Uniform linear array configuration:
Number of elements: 64
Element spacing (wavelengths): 1
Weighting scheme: exponential
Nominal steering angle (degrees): -30
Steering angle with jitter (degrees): -28.354
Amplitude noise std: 0.05
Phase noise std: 0.05

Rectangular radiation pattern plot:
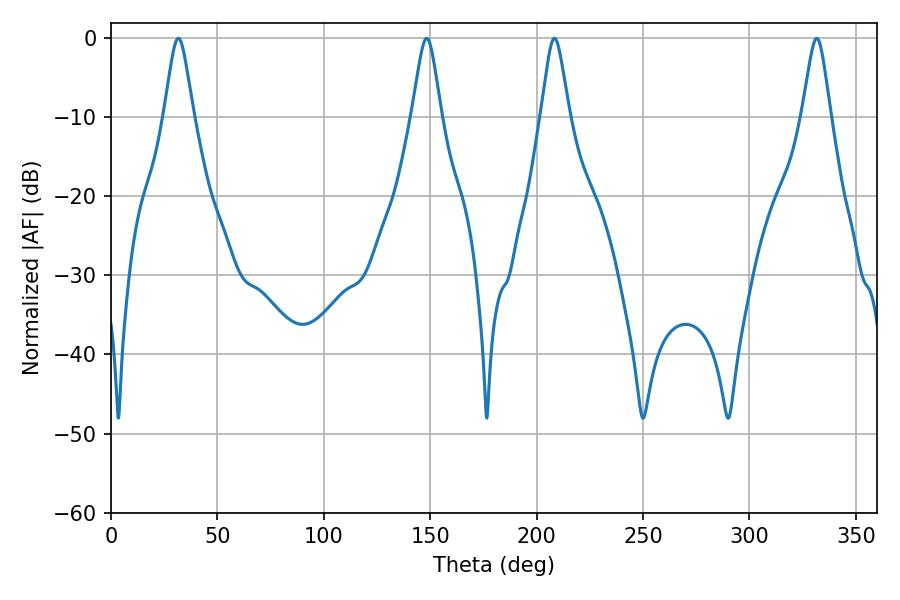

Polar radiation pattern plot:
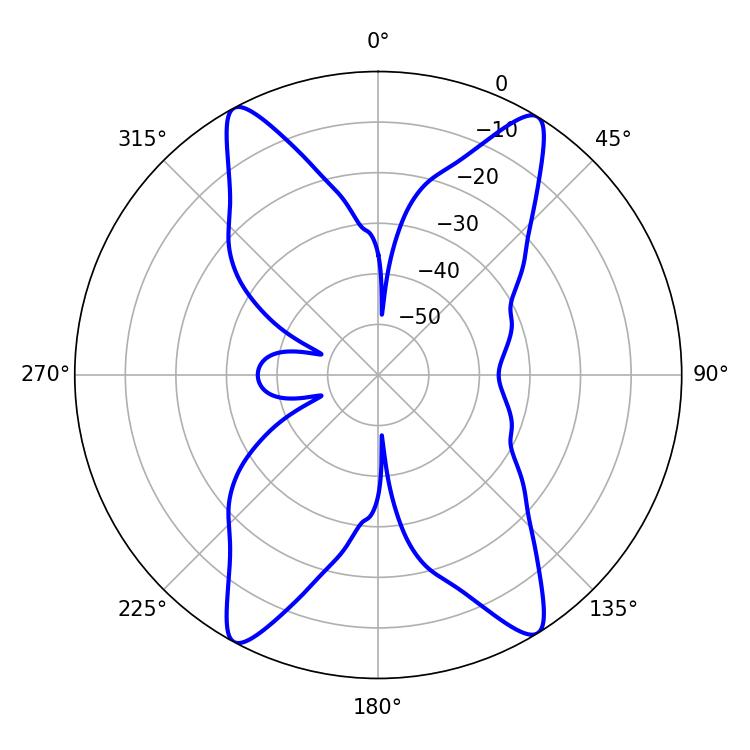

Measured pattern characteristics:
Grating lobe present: TRUE
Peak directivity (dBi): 20.825
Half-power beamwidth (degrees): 6.48
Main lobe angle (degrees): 31.68